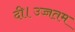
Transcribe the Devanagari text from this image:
दी।उच्चतम